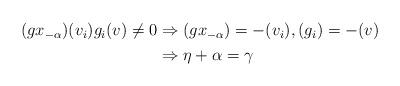
LaTeX: \begin{align*}\begin{aligned}(gx_{-\alpha})(v_i)g_i(v)\neq0&\Rightarrow (gx_{-\alpha})=-(v_i), (g_i)=-(v)\\&\Rightarrow\eta+\alpha=\gamma\end{aligned}\end{align*}